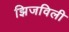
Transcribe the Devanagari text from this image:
झिजविली